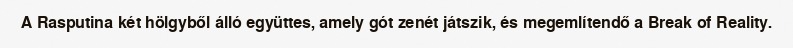
A Rasputina két hölgyből álló együttes, amely gót zenét játszik, és megemlítendő a Break of Reality.